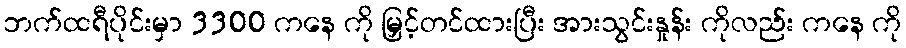
ဘက်ထရီပိုင်းမှာ 3300 ကနေ ကို မြှင့်တင်ထားပြီး အားသွင်းနှုန်း ကိုလည်း ကနေ ကို